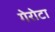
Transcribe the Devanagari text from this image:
गेरोटा